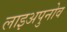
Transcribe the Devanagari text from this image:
लाइअपुनोव